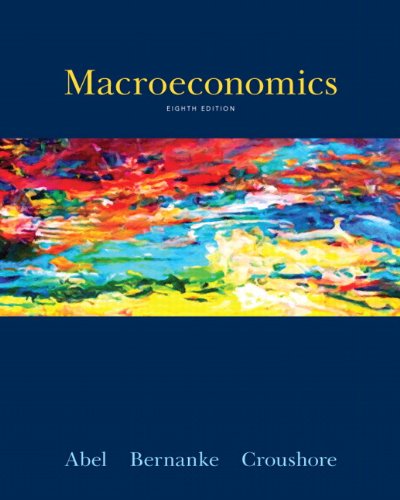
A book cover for Macroeconomics (8th Edition); Andrew B. Abel; Business & Money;